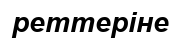
реттеріне